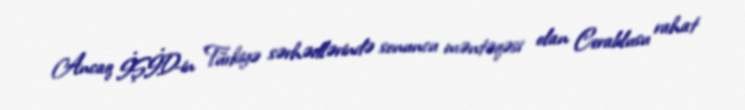
Ancaq İŞİD-in Türkiyə sərhədlərində sonuncu məntəqəsi olan Cerablusu rahat